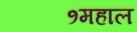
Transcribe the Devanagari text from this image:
१महाल